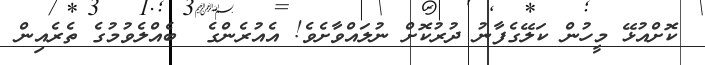
ކޮށްއުޅޭ މީހުން ކަލޭގެފާނު ދުރުކޮށް ނުލައްވާށެވެ! އެއުރެންގެ  ބެއްލެވުމުގެ ތެރެއިން